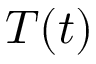
T ( t )